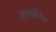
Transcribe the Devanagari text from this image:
सामग्रीके